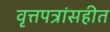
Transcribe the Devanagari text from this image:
वृत्तपत्रांसहीत